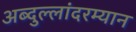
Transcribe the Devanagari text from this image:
अब्दुल्लांदरम्यान